Civil Veterinary Department. Madras. Admin. report 1910-25 - 1910-1925
Year: 1910
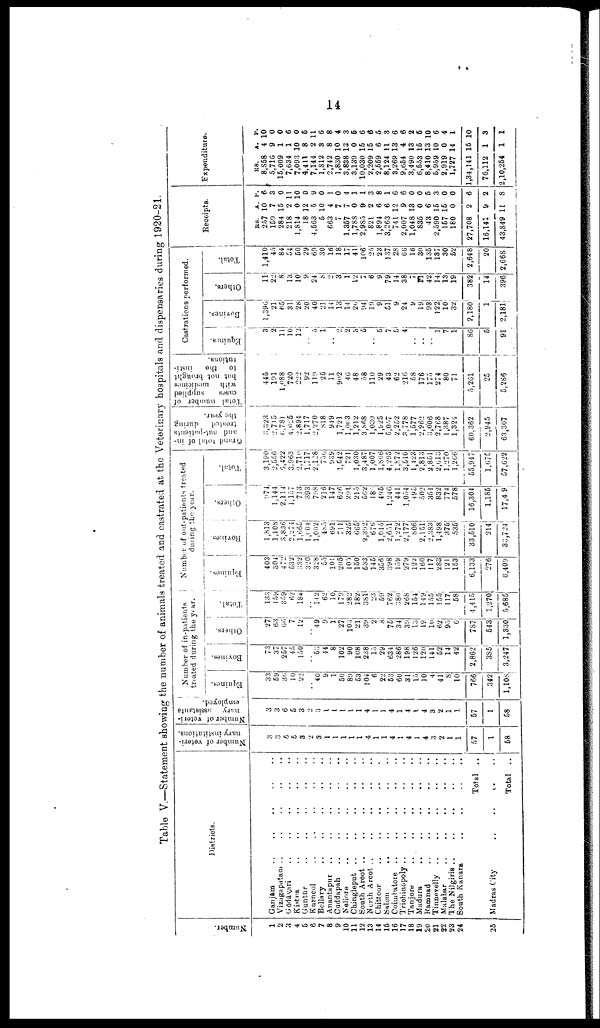
14
Table V.—Statement showing the number of animals treated and castrated at the Veterinary hospitals and dispensaries during 1920-21.
Number.
1
2
3
4
5
6
7
8
9
10
11
12
13
14
15
16
17
18
19
20
21
22
23
24
25
Districts.
Vizagapatam .. .. .. .. ..
Gōdāvari .. .. .. .. ..
Kistna .. .. .. .. ..
Guntūr .. .. .. .. ..
Karncol .. .. .. .. ..
Bellary .. .. .. .. ..
Anantapur .. .. .. .. ..
Cuddapah .. .. .. .. ..
Chingleput .. .. .. .. ..
South Arcot .. .. .. .. ..
Salem .. .. .. .. ..
Coimbatore .. .. .. .. ..
Trichinopoly .. .. .. .. ..
Tanjore .. .. .. .. ..
Ramnad
..
..
..
..
..
Malabar
..
..
..
..
..
The Nilgiris .. .. .. .. ..
South Kanara .. .. .. .. ..
Total
..
Madras City
..
..
..
..
Total
..
Number of veteri
nary institutions.
3
6
5
3
2
3
1
1
1
1
1
4
1
1
4
1
4
1
4
3
2
1
1
57
1
58
Number of veteri
nary
assistants
3
3
6
5
3
2
3
1
1
1
1
1
4
1
1
4
1
4
1
4
3
2
1
1
57
1
58
Number of in-patients
treated during the year.
Equines.
33
59
30
10
22
40
9
1
50
80
53
104
6
22
53
60
31
15
10
4
41
8
10
766
342
1,108
Bovines.
73
37
257
45
150
53
44
8
102
90
108
238
15
29
634
286
198
126
120
141
52
14
42
2,862]
385
3,247
Others.
27
63
66
7
12
..
49
9
1
27
103
21
39
2
8
75
34
39
13
19
10
62
95
0
7S7
543
1,330
Total.
133
159
359
62
184
.. 142
62
10
179
282
182
381
23
59
762
380
268
154
149
155
155;
117
58
4,415
1,270
5,685
Number of out-patients treated
during the year.
Equines.
408
304
473
532
332
320
328
55
101
205
105
150
533
145
356
398
159
279
122
160
117
283
121
153
6,133
276
6,409
Bovines.
1,813
1,108
3,836
2,274
1,665
1,604
1,602
485
691
711
325
665
9,392
676
1,015
2,651
1,272
2,177
806
2,151
2,383
1,498
375
535
33,510
214
33,724
Others.
974
1,144
2,114
1,157
713
393
798
216
147
626
291
215
5G2
184
495
1,246
441
1,054
495
502
351
832
774
578
16,304
1,185
17,4 9
Total.
3,190
2,55C
6,422
3,963
2,710
1,717
2,128
756
939
1,542
721
1,030
3,487
1,007
1,866
4,295
1,872
3,510
1,423
2,813
2,851
2,013
1,270
1,266
55,947
1,675
57,022
Grand total of in-
and out-patients
treated
during
the year.
3,323
2,715
0,781
4,025
2,894
1,717
2,270
818
949
1,721
l,o<;3
1,212
3,868
1,030
1,925
5,057
2,252
3,778
1,577
2,962
3,006
2,768
1,387
1,324
60.362
2,945
63,307
Total number of
cases
supplied
with
medicines
but not brought
to
the
insti
tutions.
445
191
1,088
720
222
92
119
25
11
902
40
48
58
110
29
43
62
210
58
176
175
274
80
71
5,261
25
5,286
Castrations performed.
Equines.
3
2
11
10
12
5
1
0
2
3
0
..
5
7
5
4
..
1
7
1
86
5
91
Bovines.
1,396
21
65
31
i
28
20
40
21
14
13
14
2t.
94
19
9
51
9,
24,
91
19j
93
122
10
32
2,180
1
2,181
Others.
11
22
8
13
10
9
24
8
0
3
1
12
7
6
9
79
14
38
7
11 42
14
13
19
382
14
396
Total.
1,410
45
|
84
54 50
|
29
69
30
16
18
17
41
106
25
23
137
28
66
16
30
135
137
30
52
2,648
20
2,668
Receipts.
RS. A. P.
257 10 6
159 7 3
284 15 0
218 2 11
1,814 0 10
18 12 0
4,563 5 9
5 10 0
663 4 1
7 7 0
1,357
7 4
1,788 0 1
2,985 9 1
821 2 3
1,894 6 8
3,263 6 1
741 12 6
2,007 9 6
1,048 13 0
835 0 0
43 6 5
2,590 15 3
157 15 0
180 0 0
27,708 2 6
16,141 9 2
43,849 11 8
Expenditure.
RS.
A. P.
8,858 4 10
5,716 9 0
15,009 1 0
7,634 1 6
7,093 10 0
4,411 8 5
7,144 2 11
1,812 3 6
2,742 8 8
1,830 10 4
3,838 13 3
3,139 0 6
10,030 15 6
2,209 15 6
2,559 6 5
8,124 11 3
3,269 13 6
9,654 4 6
3.490 13 2
6,553 15 5
8,410 13 10
5.959 10 6
2,919 0 4
1,727 14 1
1,34,141 15 10
76,112 1 3
2,10,254 1 1